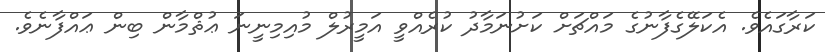
ކަރާގައެވެ. އެކަލޭގެފާނުގެ މައްޗަށް ކަށުނަމާދު ކުރެއްވީ އަމީރުލް މުއިމިނީނަ ޢުޘްމާން ބިން ޢައްފާނެވެ.